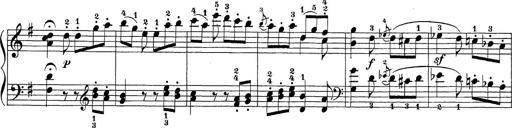
Title: Sonatina Album
Composer: Louis KÃ¶hler